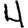
Digit: 4